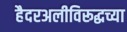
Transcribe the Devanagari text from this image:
हैदरअलीविरूद्धच्या